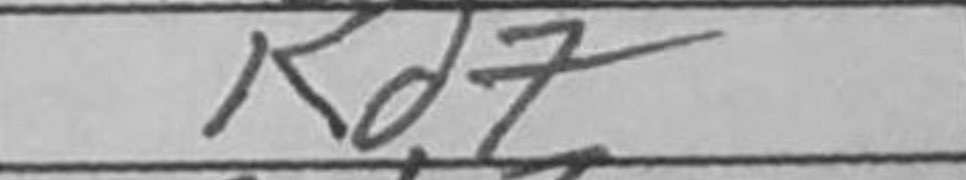
Transcription: Kd7